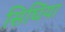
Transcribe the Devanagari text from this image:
सिघिंया